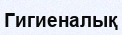
Гигиеналық